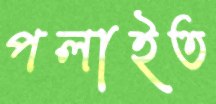
পলাইত